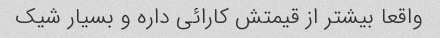
واقعا بیشتر از قیمتش کارائی داره و بسیار شیک